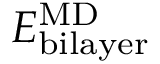
E _ { \mathrm { b i l a y e r } } ^ { \mathrm { { M D } } }